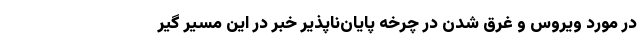
در مورد ویروس و غرق شدن در چرخه پایان‌ناپذیر خبر در این مسیر گیر